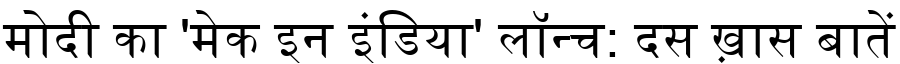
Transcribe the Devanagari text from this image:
मोदी का 'मेक इन इंडिया' लॉन्च: दस ख़ास बातें